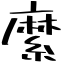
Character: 縻